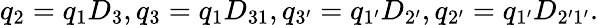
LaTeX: {q}_{2}={q}_{1}D_{3},{q}_{3}=q_{1}D_{31},{q}_{3^{\prime}}=q_{1^{\prime}}D_{2^{\prime}},{q}_{2^{\prime}}=q_{1^{\prime}}D_{2^{\prime}1^{\prime}}.